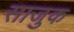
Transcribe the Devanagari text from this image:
साजुक